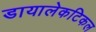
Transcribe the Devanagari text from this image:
डायालेकटिकल